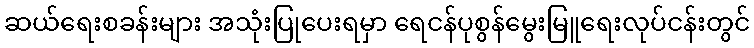
ဆယ်ရေးစခန်းများ အသုံးပြုပေးရမှာ ရေငန်ပုစွန်မွေးမြူရေးလုပ်ငန်းတွင်